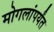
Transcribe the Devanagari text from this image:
मोगलांपर्यंत